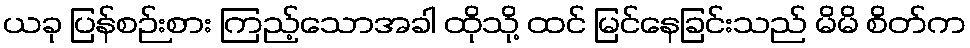
ယခု ပြန်စဉ်းစား ကြည့်သောအခါ ထိုသို့ ထင် မြင်နေခြင်းသည် မိမိ စိတ်က